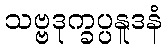
သဗ္ဗဒုက္ခပ္ပနူဒနံ